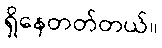
ရှိနေတတ်တယ်။